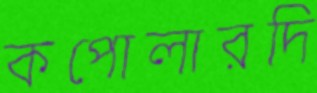
কপোলারদি